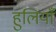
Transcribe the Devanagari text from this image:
हुलियाँ